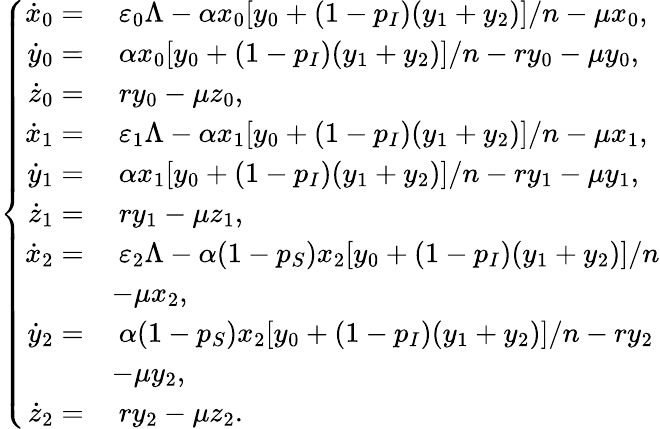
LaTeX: \left\{ \begin{array}{rl}{\dot{x}_{0}=}&{~\varepsilon_{0}\Lambda-\alpha x_{0}[y_{0}+(1-p_{I})(y_{1}+y_{2})]/n-\mu x_{0},}\\ {\dot{y}_{0}=}&{~\alpha x_{0}[y_{0}+(1-p_{I})(y_{1}+y_{2})]/n-ry_{0}-\mu y_{0},}\\ {\dot{z}_{0}=}&{~ry_{0}-\mu z_{0},}\\ {\dot{x}_{1}=}&{~\varepsilon_{1}\Lambda-\alpha x_{1}[y_{0}+(1-p_{I})(y_{1}+y_{2})]/n-\mu x_{1},}\\ {\dot{y}_{1}=}&{~\alpha x_{1}[y_{0}+(1-p_{I})(y_{1}+y_{2})]/n-ry_{1}-\mu y_{1},}\\ {\dot{z}_{1}=}&{~ry_{1}-\mu z_{1},}\\ {\dot{x}_{2}=}&{~\varepsilon_{2}\Lambda-\alpha(1-p_{S})x_{2}[y_{0}+(1-p_{I})(y_{1}+y_{2})]/n}\\ &{-\mu x_{2},}\\ {\dot{y}_{2}=}&{~\alpha(1-p_{S})x_{2}[y_{0}+(1-p_{I})(y_{1}+y_{2})]/n-ry_{2}}\\ &{-\mu y_{2},}\\ {\dot{z}_{2}=}&{~ry_{2}-\mu z_{2}.}\end{array}\right.